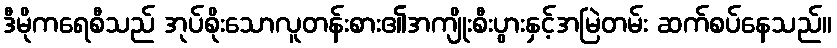
ဒီမိုကရေစီသည် အုပ်စိုးသောလူတန်းစား၏အကျိုးစီးပွားနှင့်အမြဲတမ်း ဆက်စပ်နေသည်။